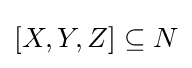
[X,Y,Z]\subseteq N